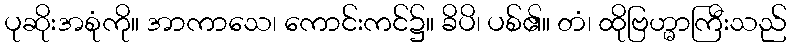
ပုဆိုးအစုံကို။ အာကာသေ၊ ကောင်းကင်၌။ ခိပိ၊ ပစ်၏။ တံ၊ ထိုဗြဟ္မာကြီးသည်